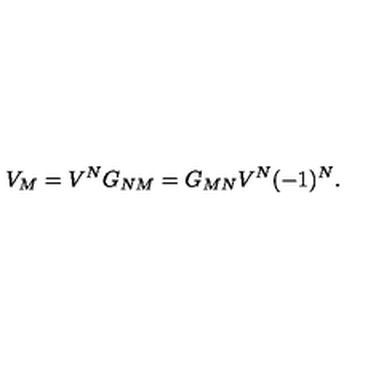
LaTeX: V _ { M } = V ^ { N } G _ { N M } = G _ { M N } V ^ { N } ( - 1 ) ^ { N } .